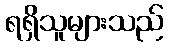
ရရှိသူများသည်